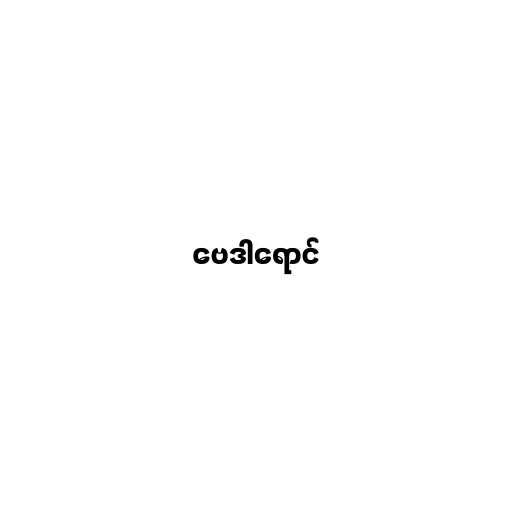
ဗေဒါရောင်